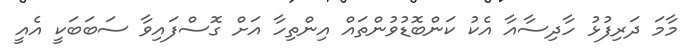
މާމަ ދަރިފުޅު ހާދިސާއާ އެކު ކަންބޮޑުވުންތައް އިންތިހާ އަށް ގޮސްފައިވާ ސަބަބަކީ އެއީ